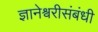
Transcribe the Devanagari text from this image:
ज्ञानेश्वरीसंबंधी